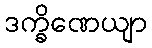
ဒက္ခိဏေယျာ